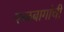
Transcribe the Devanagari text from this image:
फळबागांची